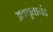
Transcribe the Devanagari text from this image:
अवधूतानंद